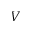
V